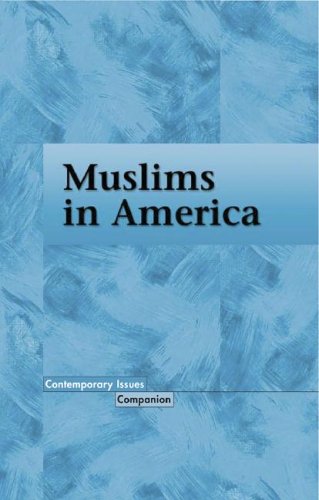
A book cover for Muslims inAmerica (Contemporary Issues Companion); Allen Verbrugge; Teen & Young Adult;